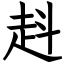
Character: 﨣